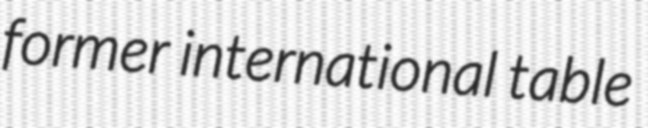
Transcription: former international table